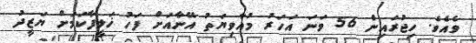
ވެއެވެ. ހިޖުރައިން 56 ވަނަ އަހަރު މުއާވިޔަތު އޭނާއަށް ފަހު ޚަލީފާކަމަށް ޔަޒީދު